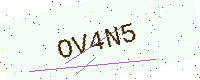
Text: OV4N5